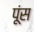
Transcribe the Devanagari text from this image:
पूंस